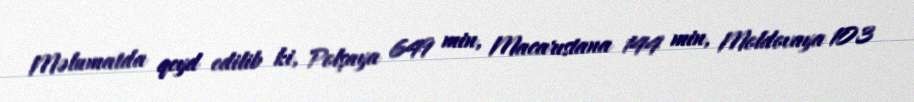
Məlumatda qeyd edilib ki, Polşaya 649 min, Macarıstana 144 min, Moldovaya 103